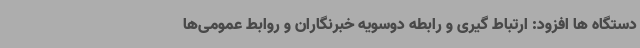
دستگاه ها افزود: ارتباط گیری و رابطه دوسویه خبرنگاران و روابط عمومی‌ها